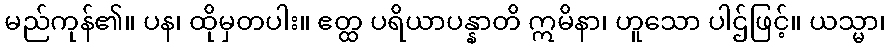
မည်ကုန်၏။ ပန၊ ထိုမှတပါး။ ဧတ္ထ ပရိယာပန္နာတိ ဣမိနာ၊ ဟူသော ပါဌ်ဖြင့်။ ယသ္မာ၊